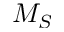
M _ { S }